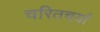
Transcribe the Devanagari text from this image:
चरितचर्या